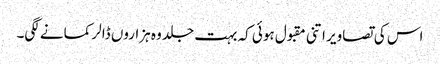
اس کی تصاویر اتنی مقبول ہوئی کہ بہت جلد وہ ہزاروں ڈالر کمانے لگی۔